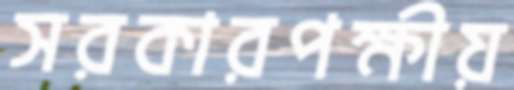
সরকারপক্ষীয়